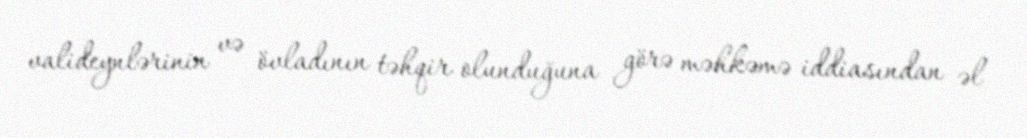
valideynlərinin və övladının təhqir olunduğuna görə məhkəmə iddiasından əl